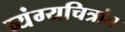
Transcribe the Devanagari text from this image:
व्यंग्यचित्रांत